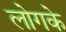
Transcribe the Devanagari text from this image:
लोगके